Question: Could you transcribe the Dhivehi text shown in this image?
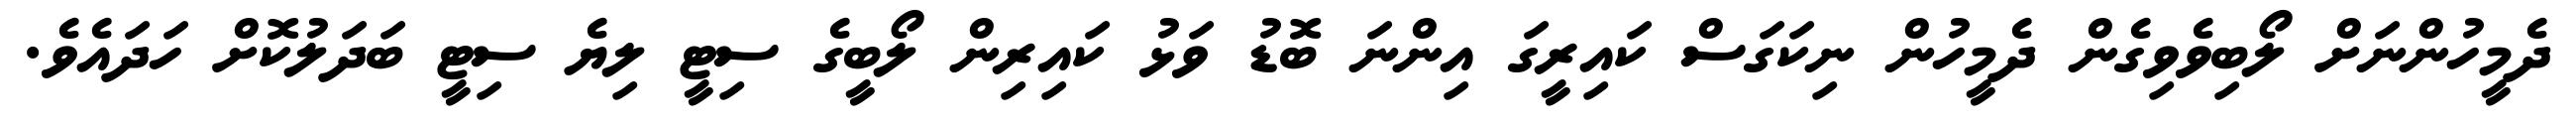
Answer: ދެމީހުންނަށް ލޯބިވެވިގެން ދެމީހުން ނިކަގަސް ކައިރީގަ އިންނަ ބޮޑު ވަޅު ކައިރިން ލޯބީގެ ސިޓީ ލިޔެ ސިޓީ ބަދަލުކޮށް ހަދައެވެ.